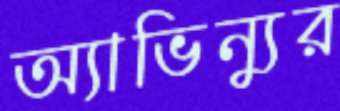
অ্যাভিন্যুর